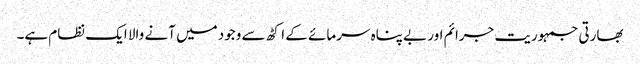
بھارتی جمہوریت جرائم اور بے پناہ سرمائے کے اکٹھ سے وجود میں آنے والا ایک نظام ہے۔